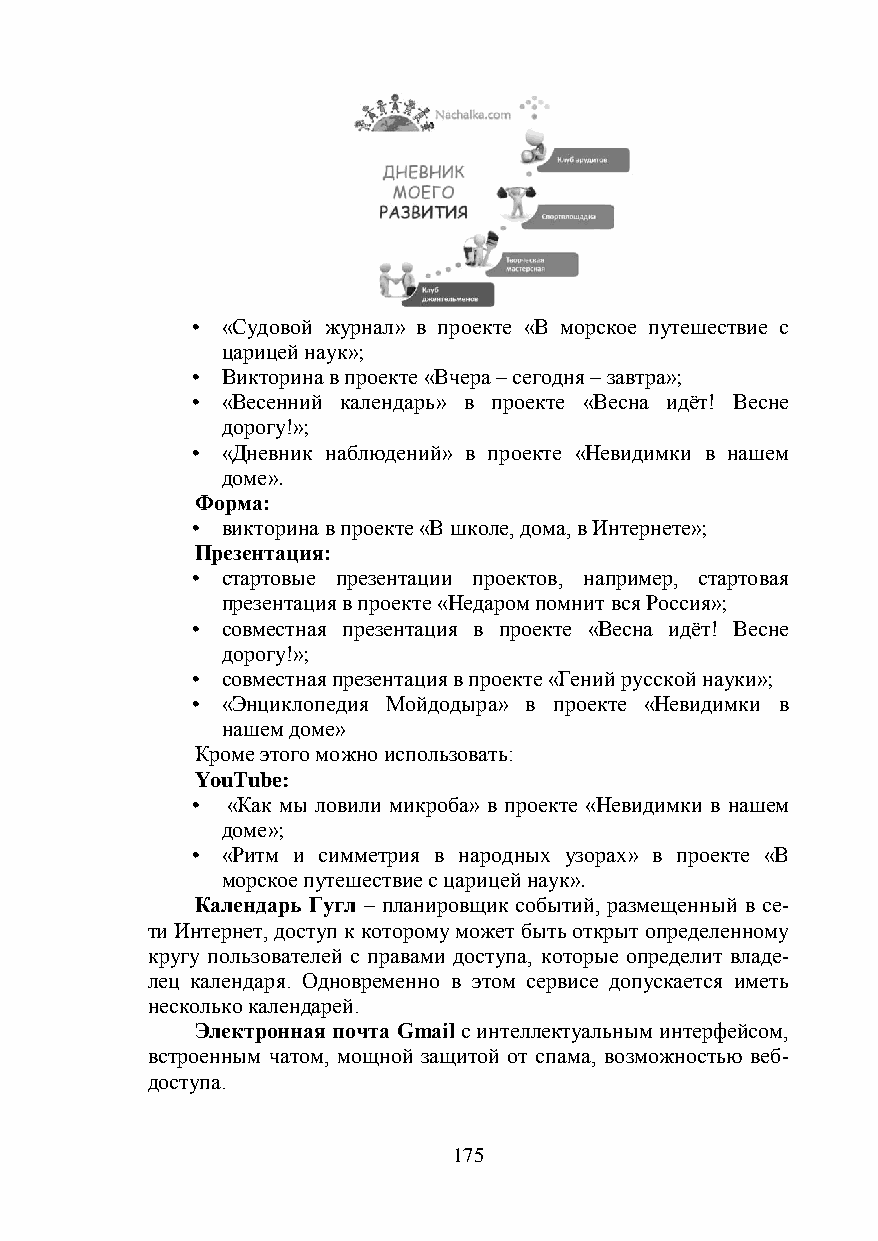
• «Судовой журнал» в проекте «В морское путешествие с
 царицей наук»;
 • Викторина в проекте «Вчера – сегодня – завтра»;
 • «Весенний календарь» в проекте «Весна идёт! Весне
 дорогу!»;
 • «Дневник наблюдений» в проекте «Невидимки в нашем
 доме».
 Форма:
 • викторина в проекте «В школе, дома, в Интернете»;
 Презентация:
 • стартовые презентации проектов, например, стартовая
 презентация в проекте «Недаром помнит вся Россия»;
 • совместная презентация в проекте «Весна идёт! Весне
 дорогу!»;
 • совместная презентация в проекте «Гений русской науки»;
 • «Энциклопедия Мойдодыра» в проекте «Невидимки в
 нашем доме»
 Кроме этого можно использовать:
 YouTube:
 • «Как мы ловили микроба» в проекте «Невидимки в нашем
 доме»;
 • «Ритм и симметрия в народных узорах» в проекте «В
 морское путешествие с царицей наук».
 Календарь Гугл – планировщик событий, размещенный в се-
 ти Интернет, доступ к которому может быть открыт определенному
 кругу пользователей с правами доступа, которые определит владе-
 лец календаря. Одновременно в этом сервисе допускается иметь
 несколько календарей.
 Электронная почта Gmail с интеллектуальным интерфейсом,
 встроенным чатом, мощной защитой от спама, возможностью веб-
 доступа.
 175